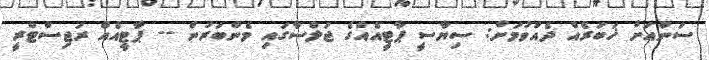
ސަންއަށް ޚަބަރެއް ދެއްވުމަށް: ސިޔާސީ ޕާޓީއެއްގެ ޖަލްސާގައި މެންބަރުން -- ޕާޓީއެއް ރަޖިސްޓްރީ